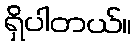
ရှိပါတယ်။